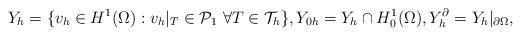
LaTeX: \begin{align*} Y_h = \{v_h\in H^1(\Omega): v_h|_T\in\mathcal{P}_1\ \forall T\in\mathcal{T}_h\}, Y_{0h} = Y_h\cap H^1_0(\Omega), Y_h^\partial = Y_h|_{\partial\Omega},\end{align*}